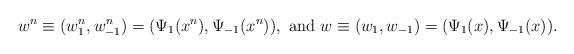
LaTeX: \begin{align*}w^n \equiv (w^n_1, w^n_{-1}) = (\Psi_1(x^n), \Psi_{-1}(x^n)), \ \mbox{and} \ w\equiv (w_1, w_{-1}) = (\Psi_1(x), \Psi_{-1}(x)).\end{align*}